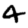
Digit: 4